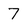
Character: 7